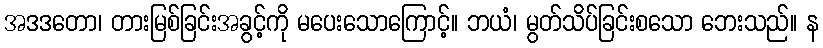
အဒဒတော၊ တားမြစ်ခြင်းအခွင့်ကို မပေးသောကြောင့်။ ဘယံ၊ မွတ်သိပ်ခြင်းစသော ဘေးသည်။ န